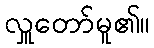
လှူတော်မူ၏။